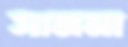
সামনা